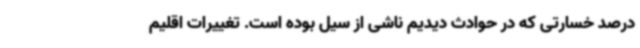
درصد خسارتی که در حوادث دیدیم ناشی از سیل بوده است. تغییرات اقلیم